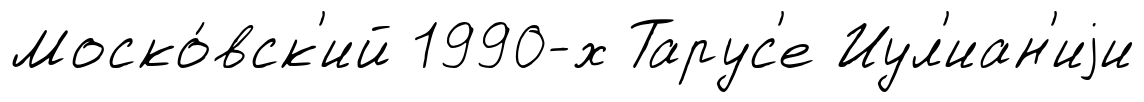
Моско́вск'ий 1990-х Тарус'е Иул'иан'иjи